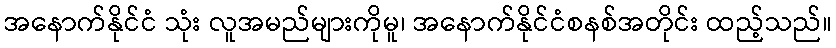
အနောက်နိုင်ငံ သုံး လူအမည်များကိုမူ၊ အနောက်နိုင်ငံစနစ်အတိုင်း ထည့်သည်။